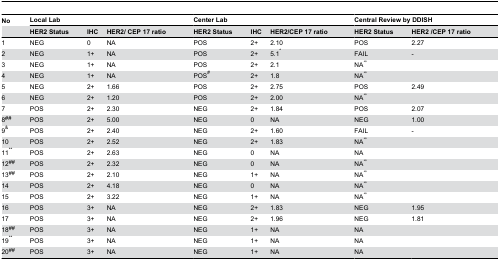
<table><thead><tr><td><b>No</b></td><td colspan="3"><b>Local Lab</b></td><td colspan="3"><b>Center Lab</b></td><td colspan="2"><b>Central Review by DDISH</b></td></tr><tr><td></td><td><b>HER2 Status</b></td><td><b>IHC</b></td><td><b>HER2/ CEP 17 ratio</b></td><td><b>HER2 Status</b></td><td><b>IHC</b></td><td><b>HER2/CEP 17 ratio</b></td><td><b>HER2 Status</b></td><td><b>HER2 /CEP 17 ratio</b></td></tr></thead><tbody><tr><td>1</td><td>NEG</td><td>0</td><td>NA</td><td>POS</td><td>2+</td><td>2.10</td><td>POS</td><td>2.27</td></tr><tr><td>2</td><td>NEG</td><td>1+</td><td>NA</td><td>POS</td><td>2+</td><td>5.1<sup>*</sup></td><td>FAIL</td><td>-</td></tr><tr><td>3</td><td>NEG</td><td>1+</td><td>NA</td><td>POS</td><td>2+</td><td>2.1</td><td>NA<sup>∞</sup></td><td></td></tr><tr><td>4</td><td>NEG</td><td>1+</td><td>NA</td><td>POS<sup>#</sup></td><td>2+</td><td>1.8</td><td>NA<sup>∞</sup></td><td></td></tr><tr><td>5</td><td>NEG</td><td>2+</td><td>1.66</td><td>POS</td><td>2+</td><td>2.75</td><td>POS</td><td>2.49</td></tr><tr><td>6</td><td>NEG</td><td>2+</td><td>1.20</td><td>POS</td><td>2+</td><td>2.00</td><td>NA<sup>∞</sup></td><td></td></tr><tr><td>7</td><td>POS</td><td>2+</td><td>2.30</td><td>NEG</td><td>2+</td><td>1.84</td><td>POS</td><td>2.07</td></tr><tr><td>8<sup>##</sup></td><td>POS</td><td>2+</td><td>5.00</td><td>NEG</td><td>0</td><td>NA</td><td>NEG</td><td>1.00</td></tr><tr><td>9<sup>&amp;</sup></td><td>POS</td><td>2+</td><td>2.40</td><td>NEG</td><td>2+</td><td>1.60</td><td>FAIL</td><td>-</td></tr><tr><td>10</td><td>POS</td><td>2+</td><td>2.52</td><td>NEG</td><td>2+</td><td>1.83</td><td>NA<sup>∞</sup></td><td></td></tr><tr><td>11<sup>**</sup></td><td>POS</td><td>2+</td><td>2.63</td><td>NEG</td><td>0</td><td>NA</td><td>NA</td><td></td></tr><tr><td>12<sup>##</sup></td><td>POS</td><td>2+</td><td>2.32</td><td>NEG</td><td>0</td><td>NA</td><td>NA<sup>∞</sup></td><td></td></tr><tr><td>13<sup>##</sup></td><td>POS</td><td>2+</td><td>2.10</td><td>NEG</td><td>1+</td><td>NA</td><td>NA<sup>∞</sup></td><td></td></tr><tr><td>14</td><td>POS</td><td>2+</td><td>4.18</td><td>NEG</td><td>0</td><td>NA</td><td>NA<sup>∞</sup></td><td></td></tr><tr><td>15</td><td>POS</td><td>2+</td><td>3.22</td><td>NEG</td><td>1+</td><td>NA</td><td>NA<sup>∞</sup></td><td></td></tr><tr><td>16</td><td>POS</td><td>3+</td><td>NA</td><td>NEG</td><td>2+</td><td>1.83</td><td>NEG</td><td>1.95</td></tr><tr><td>17</td><td>POS</td><td>3+</td><td>NA</td><td>NEG</td><td>2+</td><td>1.96</td><td>NEG</td><td>1.81</td></tr><tr><td>18<sup>##</sup></td><td>POS</td><td>3+</td><td>NA</td><td>NEG</td><td>1+</td><td>NA</td><td>NA</td><td></td></tr><tr><td>19<sup>**</sup></td><td>POS</td><td>3+</td><td>NA</td><td>NEG</td><td>1+</td><td>NA</td><td>NA</td><td></td></tr><tr><td>20<sup>##</sup></td><td>POS</td><td>3+</td><td>NA</td><td>NEG</td><td>1+</td><td>NA</td><td>NA</td><td></td></tr></tbody></table>